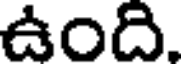
ఉంది.